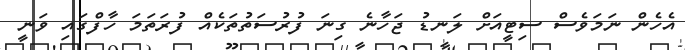
އެހެން ނަމަވެސް ސިޓީއަށް ލަނޑު ޖަހާނެ ގިނަ ފުރުސަތުތަކެއް ފުރަތަމަ ހާފްގައި ވަނީ